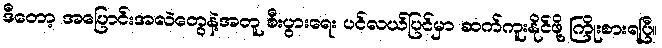
ဒီတော့ အပြောင်းအလဲတွေနဲ့အတူ စီးပွားရေး ပင်လယ်ပြင်မှာ ဆက်ကူးနိုင်ဖို့ ကြိုးစားရပြီ။